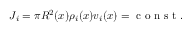
J _ { i } = \pi R ^ { 2 } ( x ) \rho _ { i } ( x ) v _ { i } ( x ) = \textrm { c o n s t . }